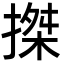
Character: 搩